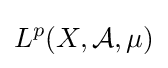
L^{p}(X,{\mathcal {A}},\mu )